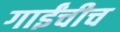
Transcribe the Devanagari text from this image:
गाईंचीच